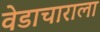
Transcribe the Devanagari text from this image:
वेडाचाराला